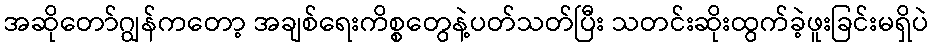
အဆိုတော်ဂျွန်ကတော့ အချစ်ရေးကိစ္စတွေနဲ့ပတ်သတ်ပြီး သတင်းဆိုးထွက်ခဲ့ဖူးခြင်းမရှိပဲ